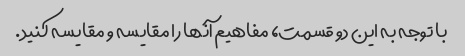
با توجه به این دو قسمت، مفاهیم آنها را مقایسه و مقایسه کنید.